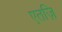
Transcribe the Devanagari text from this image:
एतज़ि